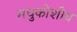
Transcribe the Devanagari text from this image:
मधुकोशीय